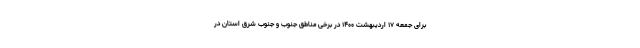
برای جمعه ۱۷ اردیبهشت ۱۴۰۰ در برخی مناطق جنوب و جنوب شرق استان در